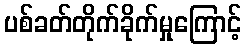
ပစ်ခတ်တိုက်ခိုက်မှုကြောင့်